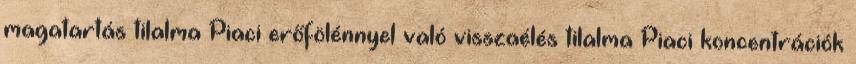
magatartás tilalma Piaci erőfölénnyel való visszaélés tilalma Piaci koncentrációk